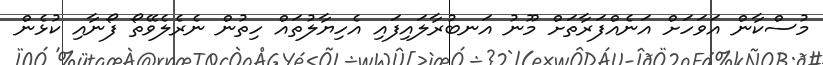
މުސްކާން އަވަހަށް އަނެއްފަރާތަށް މޫނު އަނބުރާލައިފައި އެހިޔާލުތައް ހިތުން ނެރެލެވޭތޯ ފޯނާއި ކުޅެން